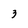
Character: 3